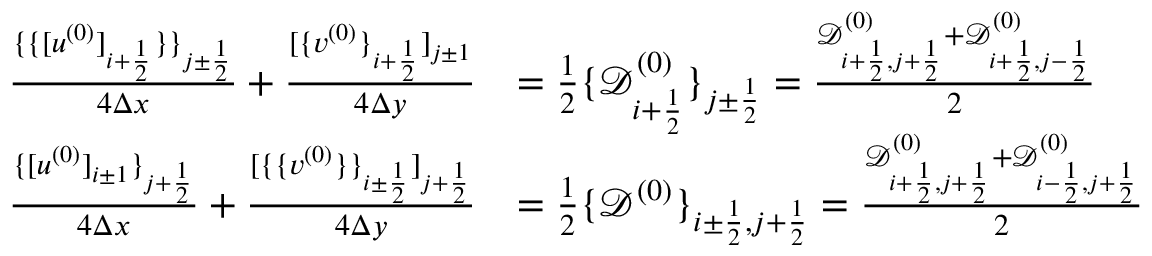
\begin{array} { r l } { \frac { \{ \{ [ u ^ { ( 0 ) } ] _ { i + \frac 1 2 } \} \} _ { j \pm \frac 1 2 } } { 4 \Delta x } + \frac { [ \{ v ^ { ( 0 ) } \} _ { i + \frac 1 2 } ] _ { j \pm 1 } } { 4 \Delta y } } & { = \frac 1 2 \{ \mathscr D _ { i + \frac 1 2 } ^ { ( 0 ) } \} _ { j \pm \frac 1 2 } = \frac { \mathscr D _ { i + \frac 1 2 , j + \frac 1 2 } ^ { ( 0 ) } + \mathscr D _ { i + \frac 1 2 , j - \frac 1 2 } ^ { ( 0 ) } } { 2 } } \\ { \frac { \{ [ u ^ { ( 0 ) } ] _ { i \pm 1 } \} _ { j + \frac 1 2 } } { 4 \Delta x } + \frac { [ \{ \{ v ^ { ( 0 ) } \} \} _ { i \pm \frac 1 2 } ] _ { j + \frac 1 2 } } { 4 \Delta y } } & { = \frac 1 2 \{ \mathscr D ^ { ( 0 ) } \} _ { i \pm \frac 1 2 , j + \frac 1 2 } = \frac { \mathscr D _ { i + \frac 1 2 , j + \frac 1 2 } ^ { ( 0 ) } + \mathscr D _ { i - \frac 1 2 , j + \frac 1 2 } ^ { ( 0 ) } } { 2 } } \end{array}